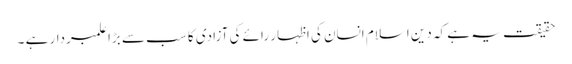
حقیقت یہ ہے کہ دین اسلام انسان کی اظہار رائے کی آزادی کا سب سے بڑا علمبردار ہے ۔